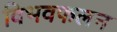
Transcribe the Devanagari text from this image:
विभवफलन